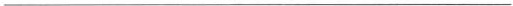
___